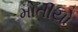
મોતીયો